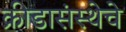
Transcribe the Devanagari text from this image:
क्रीडासंस्थेचे